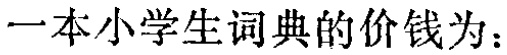
一本小学生词典的价钱为：